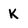
Character: K